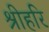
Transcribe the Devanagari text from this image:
श्रीहरि